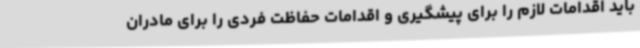
باید اقدامات لازم را برای پیشگیری و اقدامات حفاظت فردی را برای مادران